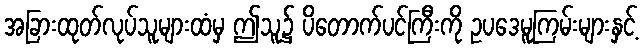
အခြားထုတ်လုပ်သူများထံမှ ဤသူ၌ ပိတောက်ပင်ကြီးကို ဥပဒေမူကြမ်းများနှင့်